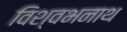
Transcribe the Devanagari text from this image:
विश्वभनाथ